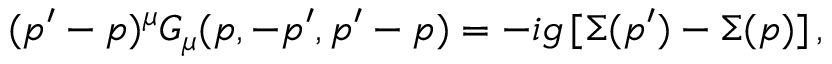
( p ^ { \prime } - p ) ^ { \mu } G _ { \mu } ( p , - p ^ { \prime } , p ^ { \prime } - p ) = - i g \, [ \Sigma ( p ^ { \prime } ) - \Sigma ( p ) ] \, ,